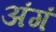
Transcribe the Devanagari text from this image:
अंगं